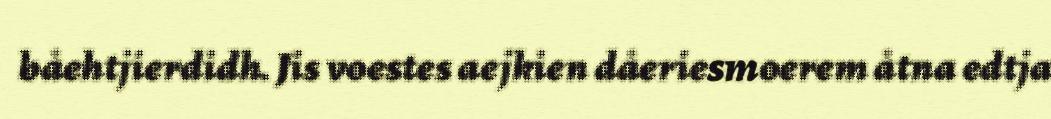
båehtjierdidh. Jis voestes aejkien dåeriesmoerem åtna edtja